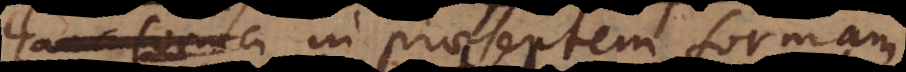
tempore in praesentem formam